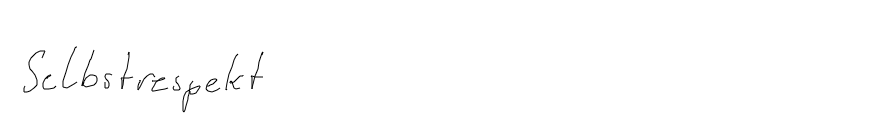
Selbstrespekt